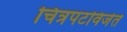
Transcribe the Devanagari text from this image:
चित्रपटविजेते